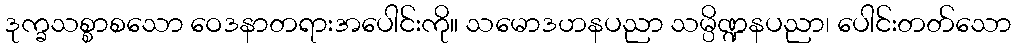
ဒုက္ခသစ္စာစသော ဝေဒနာတရားအပေါင်းကို။ သမောဒဟနပညာ သမ္ပိဏ္ဍနပညာ၊ ပေါင်းတတ်သော